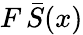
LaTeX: F\, \bar{S}(x)